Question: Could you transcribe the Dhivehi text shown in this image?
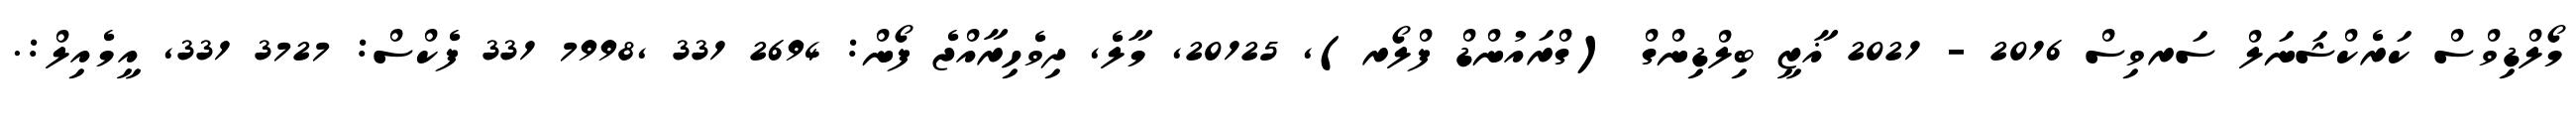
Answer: މޯލްޑިވްސް ކަރެކްޝަނަލް ސަރވިސް 2016 - 2021 ޣާޒީ ބިލްޑިންގް (ގްރައުންޑް ފްލޯރ), 20125, މާލެ, ދިވެހިރާއްޖެ ފޯން: 2694 331 ,7998 331 ފެކްސް: 3727 331, އީމެއިލް:.